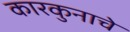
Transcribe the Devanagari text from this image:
कारकुनाचे